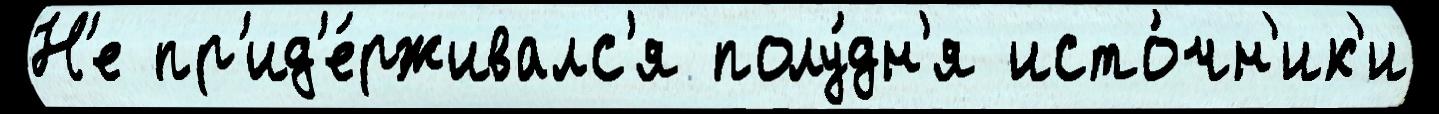
Н'е пр'ид'е́рживалс'я полу́дн'я исто́чн'ик'и